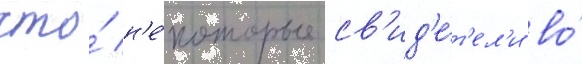
что́ н'е́которые св'ид'е́т'ел'и во́